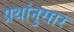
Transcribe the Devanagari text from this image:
प्रथांनुसार